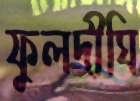
ফুলদীঘি